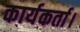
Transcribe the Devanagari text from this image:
कार्यकर्ता।